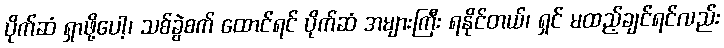
ပိုက်ဆံ ရှာဖို့ပေါ့၊ သစ်ခွဲစက် ထောင်ရင် ပိုက်ဆံ အများကြီး ရနိုင်တယ်၊ ရှင် မထည့်ချင်ရင်လည်း